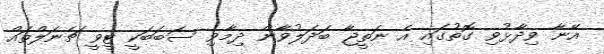
އޭނާ ވިދާޅުވި ގޮތުގައި އެ ނަތީޖާ ބަދަލުވާން ދިމާވި ސަބަބަކީ ޓީވީ ޗެނަލްތައް